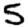
Digit: 5